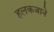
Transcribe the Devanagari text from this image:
हलकजाने